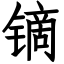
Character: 镝